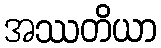
အဿတိယာ